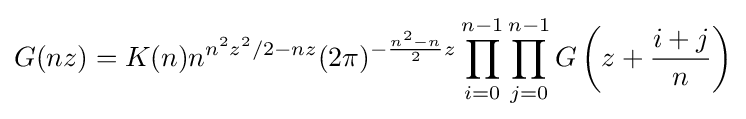
G(nz)=K(n)n^{n^{2}z^{2}/2-nz}(2\pi )^{-{\frac {n^{2}-n}{2}}z}\prod _{i=0}^{n-1}\prod _{j=0}^{n-1}G\left(z+{\frac {i+j}{n}}\right)